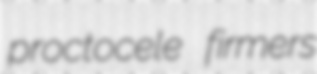
proctocele firmers